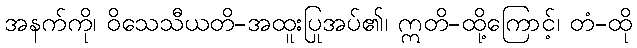
အနက်ကို၊ ဝိသေသီယတိ-အထူးပြုအပ်၏၊ ဣတိ-ထို့ကြောင့်၊ တံ-ထို